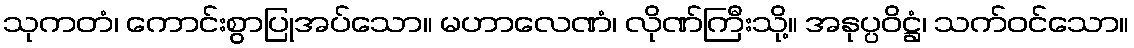
သုကတံ၊ ကောင်းစွာပြုအပ်သော။ မဟာလေဏံ၊ လိုဏ်ကြီးသို့။ အနုပ္ပဝိဋ္ဌံ၊ သက်ဝင်သော။